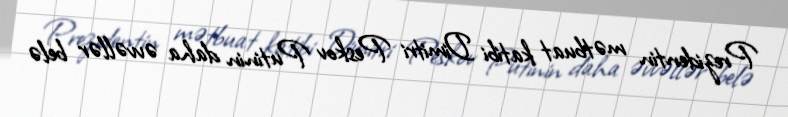
Prezidentin mətbuat katibi Dimitri Peskov Putinin daha əvvəllər belə